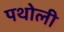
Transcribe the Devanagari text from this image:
पथोली